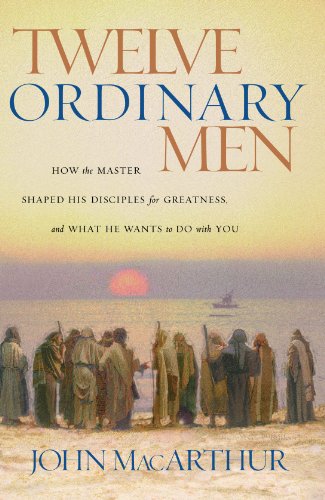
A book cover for Twelve Ordinary Men: How the Master Shaped His Disciples for Greatness, and What He Wants to Do with You; John F. MacArthur; Biographies & Memoirs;